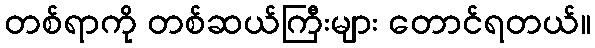
တစ်ရာကို တစ်ဆယ်ကြီးများ တောင်ရတယ်။